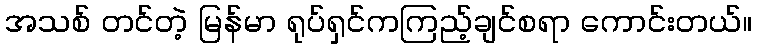
အသစ် တင်တဲ့ မြန်မာ ရုပ်ရှင်ကကြည့်ချင်စရာ ကောင်းတယ်။